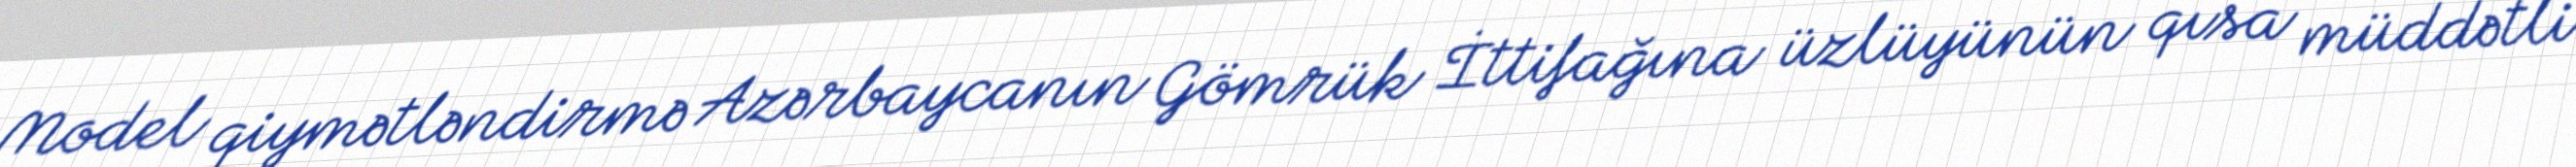
Model qiymətləndirmə Azərbaycanın Gömrük İttifağına üzlüyünün qısa müddətli